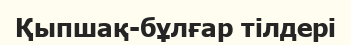
Қыпшақ-бұлғар тілдері